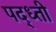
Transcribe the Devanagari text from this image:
पद्ध्ती